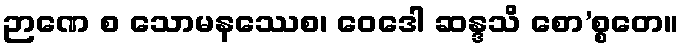
ဉာဏေ စ သောမနဿေစ၊ ဝေဒေါ ဆန္ဒသိ စော’စ္စတေ။